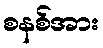
စနစ်အား